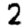
Digit: 2